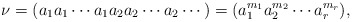
\begin{align*}\nu=(a_1a_1\dotsm a_1 a_2 a_2 \dotsm a_2\dotsm )=(a_1^{m_1}a_2^{m_2}\dotsm a_r^{m_r}),\end{align*}